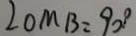
\angle O M B = 9 0 \cdot ^ { \circ }